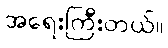
အရေးကြီးတယ်။